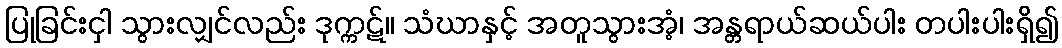
ပြုခြင်းငှါ သွားလျှင်လည်း ဒုက္ကဋ်။ သံဃာနှင့် အတူသွားအံ့၊ အန္တရာယ်ဆယ်ပါး တပါးပါးရှိ၍